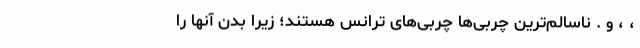
، ، و . ناسالم‌ترین چربی‌ها چربی‌های ترانس هستند؛ زیرا بدن آنها را